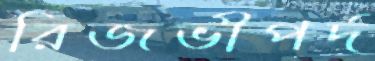
রিজভীপর্দ